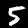
Digit: 5